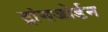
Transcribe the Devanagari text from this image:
ट्रांसजोर्डन